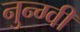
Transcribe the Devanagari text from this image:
नुन्ग्वी